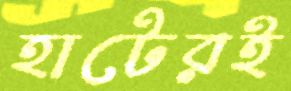
হাটেরই